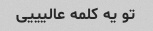
تو یه کلمه عالیییی